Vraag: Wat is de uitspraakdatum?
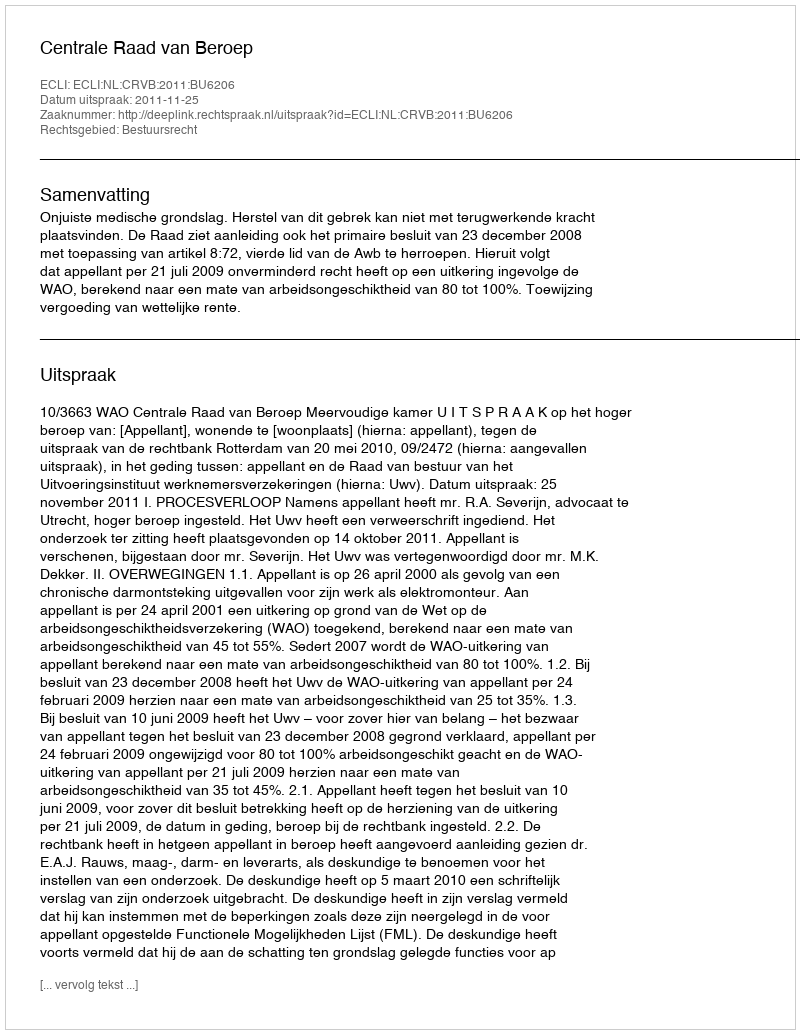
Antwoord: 2011-11-25